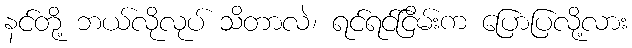
နင်တို့ ဘယ်လိုလုပ် သိတာလဲ၊ ရင်ရင်ငြိမ်းက ပြောပြလို့လား